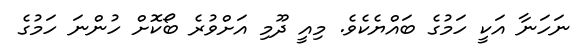
ނަހަނާ އަކީ ހަމުގެ ބައްޔެކެވެ. މިއީ ދޫމި އަށްވުރެ ބޯކޮށް ހުންނަ ހަމުގެ